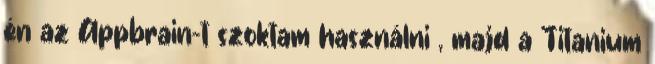
én az Appbrain-t szoktam használni , majd a Titanium